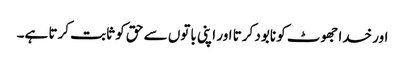
اور خدا جھوٹ کو نابود کرتا اور اپنی باتوں سے حق کو ثابت کرتا ہے۔